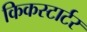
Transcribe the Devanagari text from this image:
किकस्टार्टर